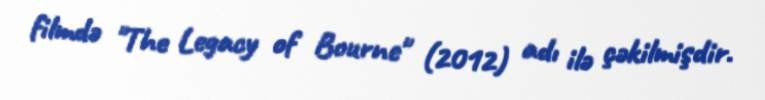
filmdə "The Legacy of Bourne" (2012) adı ilə çəkilmişdir.